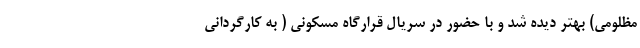
مظلومی) بهتر دیده شد و با حضور در سریال قرارگاه مسکونی ( به کارگردانی